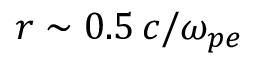
r \sim 0 . 5 \, c / \omega _ { p e }